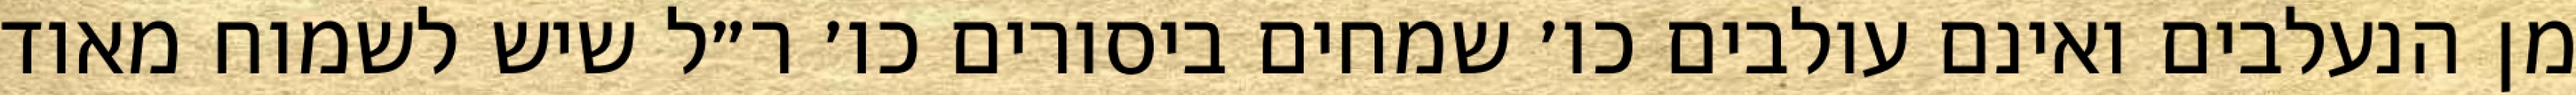
מן הנעלבים ואינם עולבים כו׳ שמחים ביסורים כו׳ ר״ל שיש לשמוח מאוד